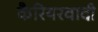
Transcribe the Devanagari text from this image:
कैरियरवादी